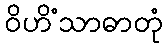
ဝိဟိံသာဓာတုံ